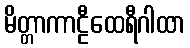
မိတ္တာကာဠီထေရီဂါထာ